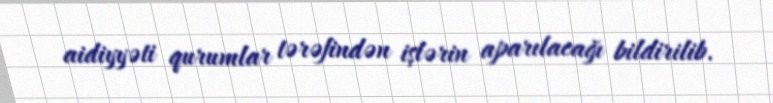
aidiyyəti qurumlar tərəfindən işlərin aparılacağı bildirilib.